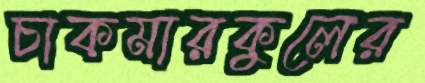
চাকমারকুলের